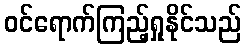
ဝင်ရောက်ကြည့်ရှုနိုင်သည်